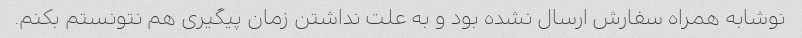
نوشابه همراه سفارش ارسال نشده بود و به علت نداشتن زمان پیگیری هم نتونستم بکنم.